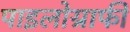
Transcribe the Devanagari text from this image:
पाइलोग्राफी